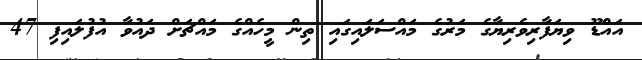
އައްޑޫ ވިޔަފާރިވެރިޔާގެ މަރުގެ މައްސަލައިގައި ތިން މީހެއްގެ މައްޗަށް ދައުވާ އުފުލައިފި 47